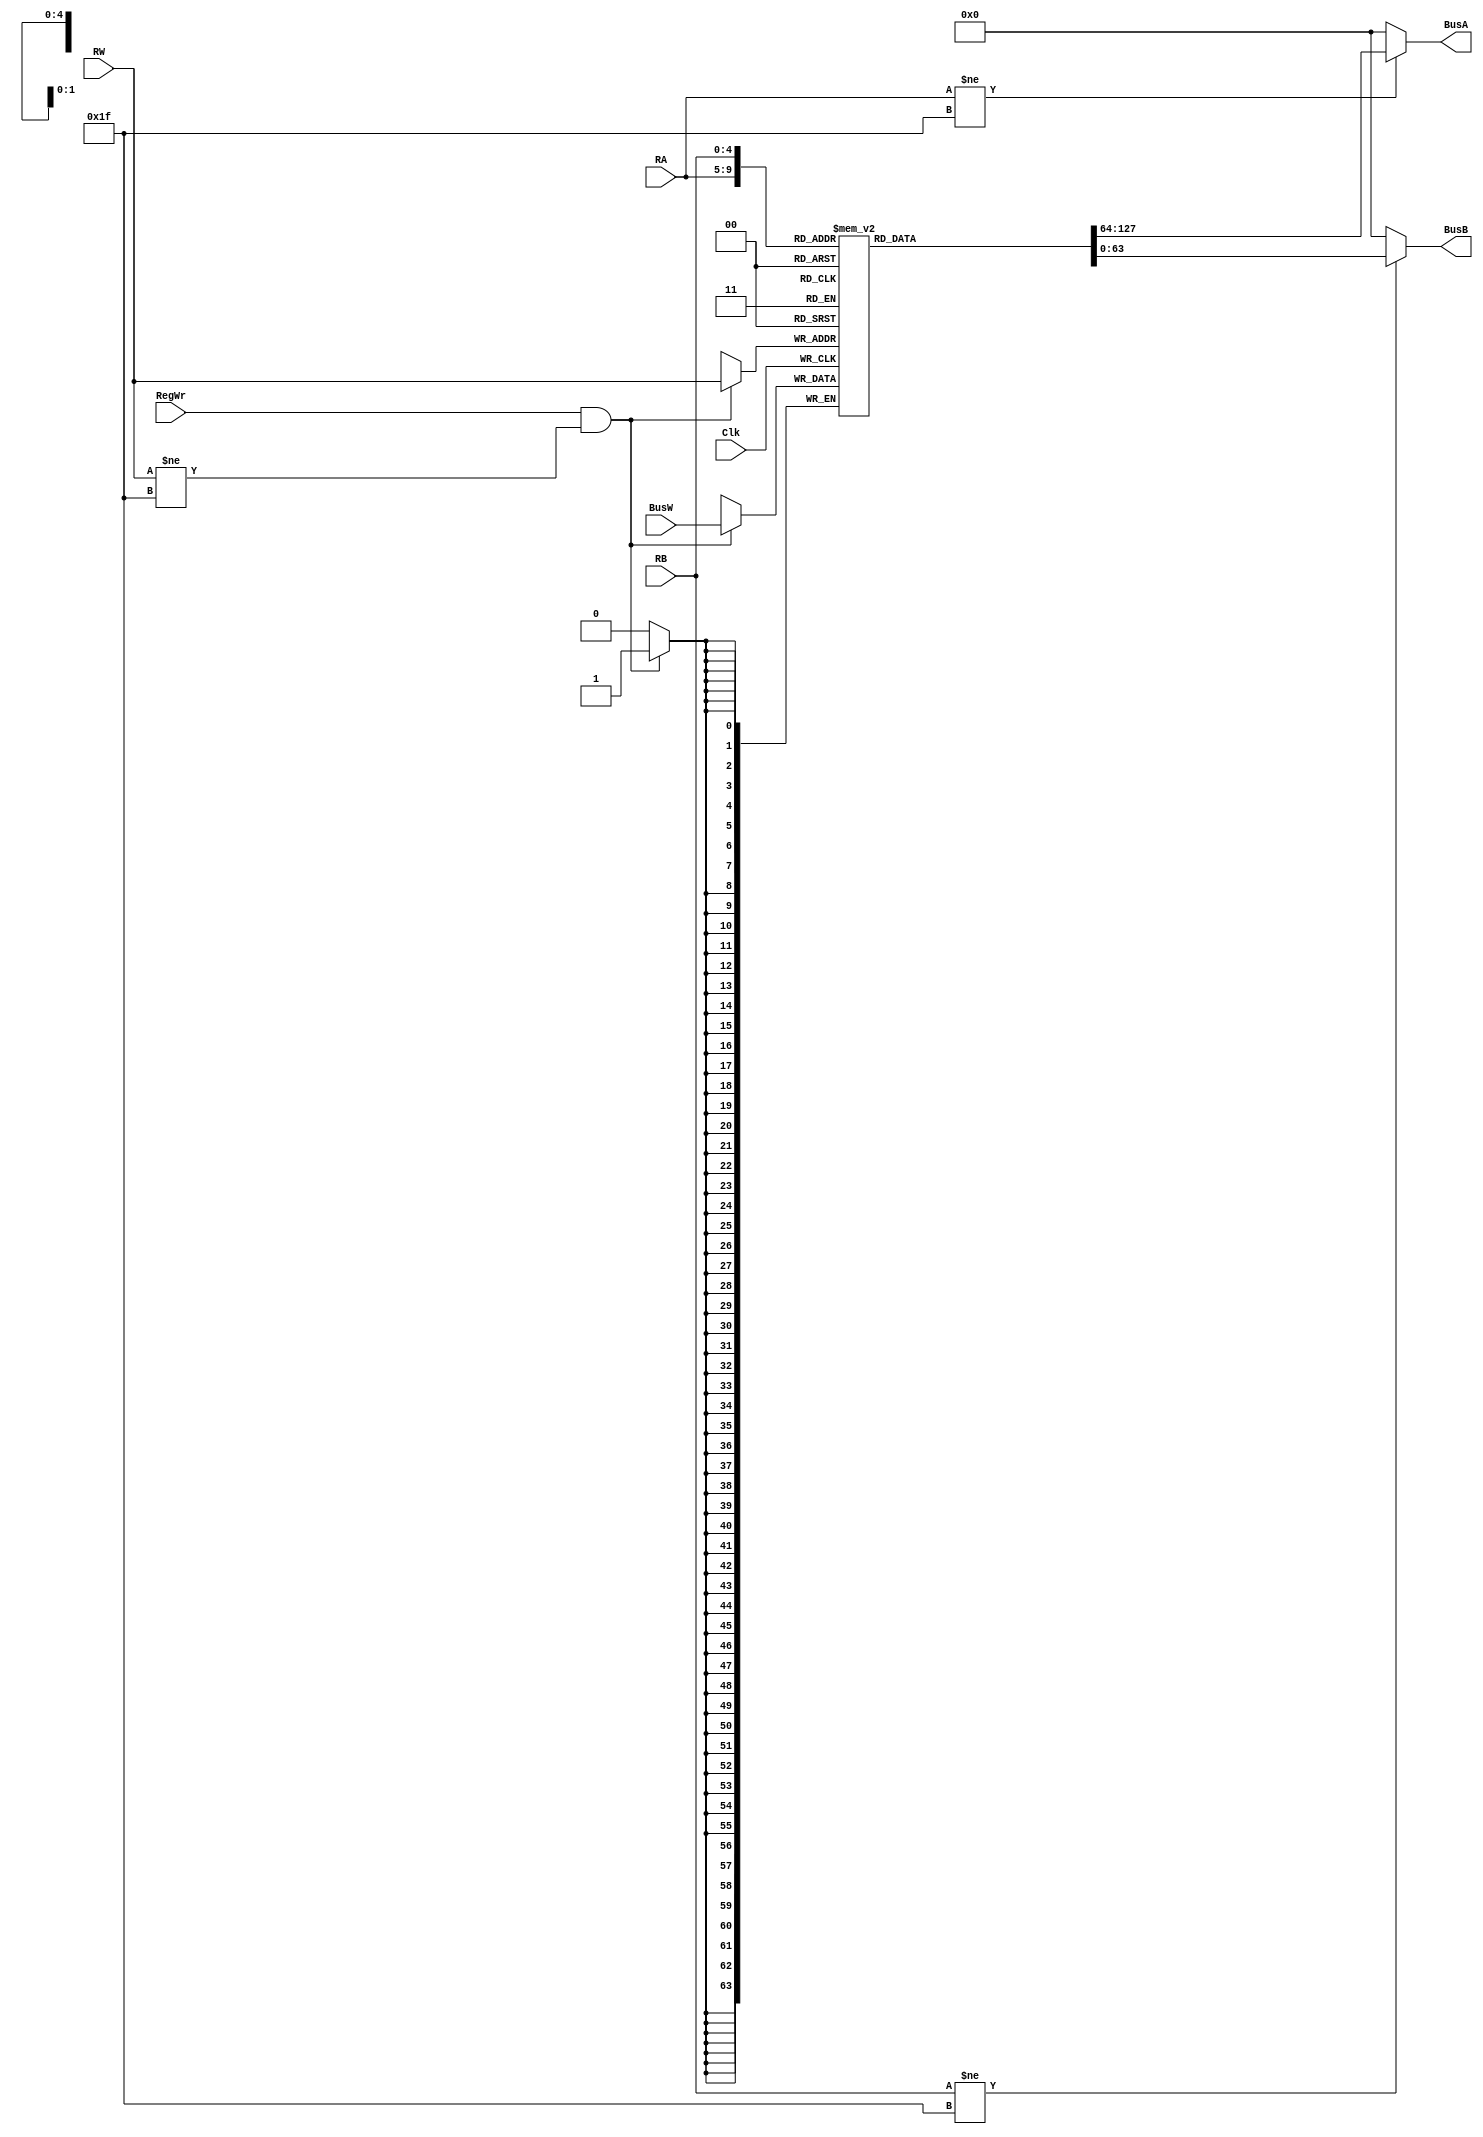
module MiniRegisterFile(BusA, BusB, BusW, RA, RB, RW, RegWr, Clk);
//declaratio of the types of inuputs and outputs
    output [63:0] BusA;
    output [63:0] BusB;
    input [63:0] BusW;
    input [4:0]RW;
    input [4:0]RA;
    input [4:0]RB;
    input RegWr;
    input Clk;

    
    //creation of the 32x64 registers
    reg [63:0] registers [31:0];


     //activate IF on the negative edge of the CLK
    always @ (negedge Clk) begin
    //only write to the specified register witht the input IF RegWr =1
        if(RegWr&&RW!=5'd31)begin
            registers[RW] <= #3 BusW;
     
        end
        $display("reg[5] = %h",registers[5]);
    end
    
    //transfer data over to respected Bus's after #2 delay
    assign #2 BusA = (RA!=5'd31)? registers[RA]:64'b0;
    assign #2 BusB = (RB!=5'd31)? registers[RB]:64'b0;
    
    
endmodule